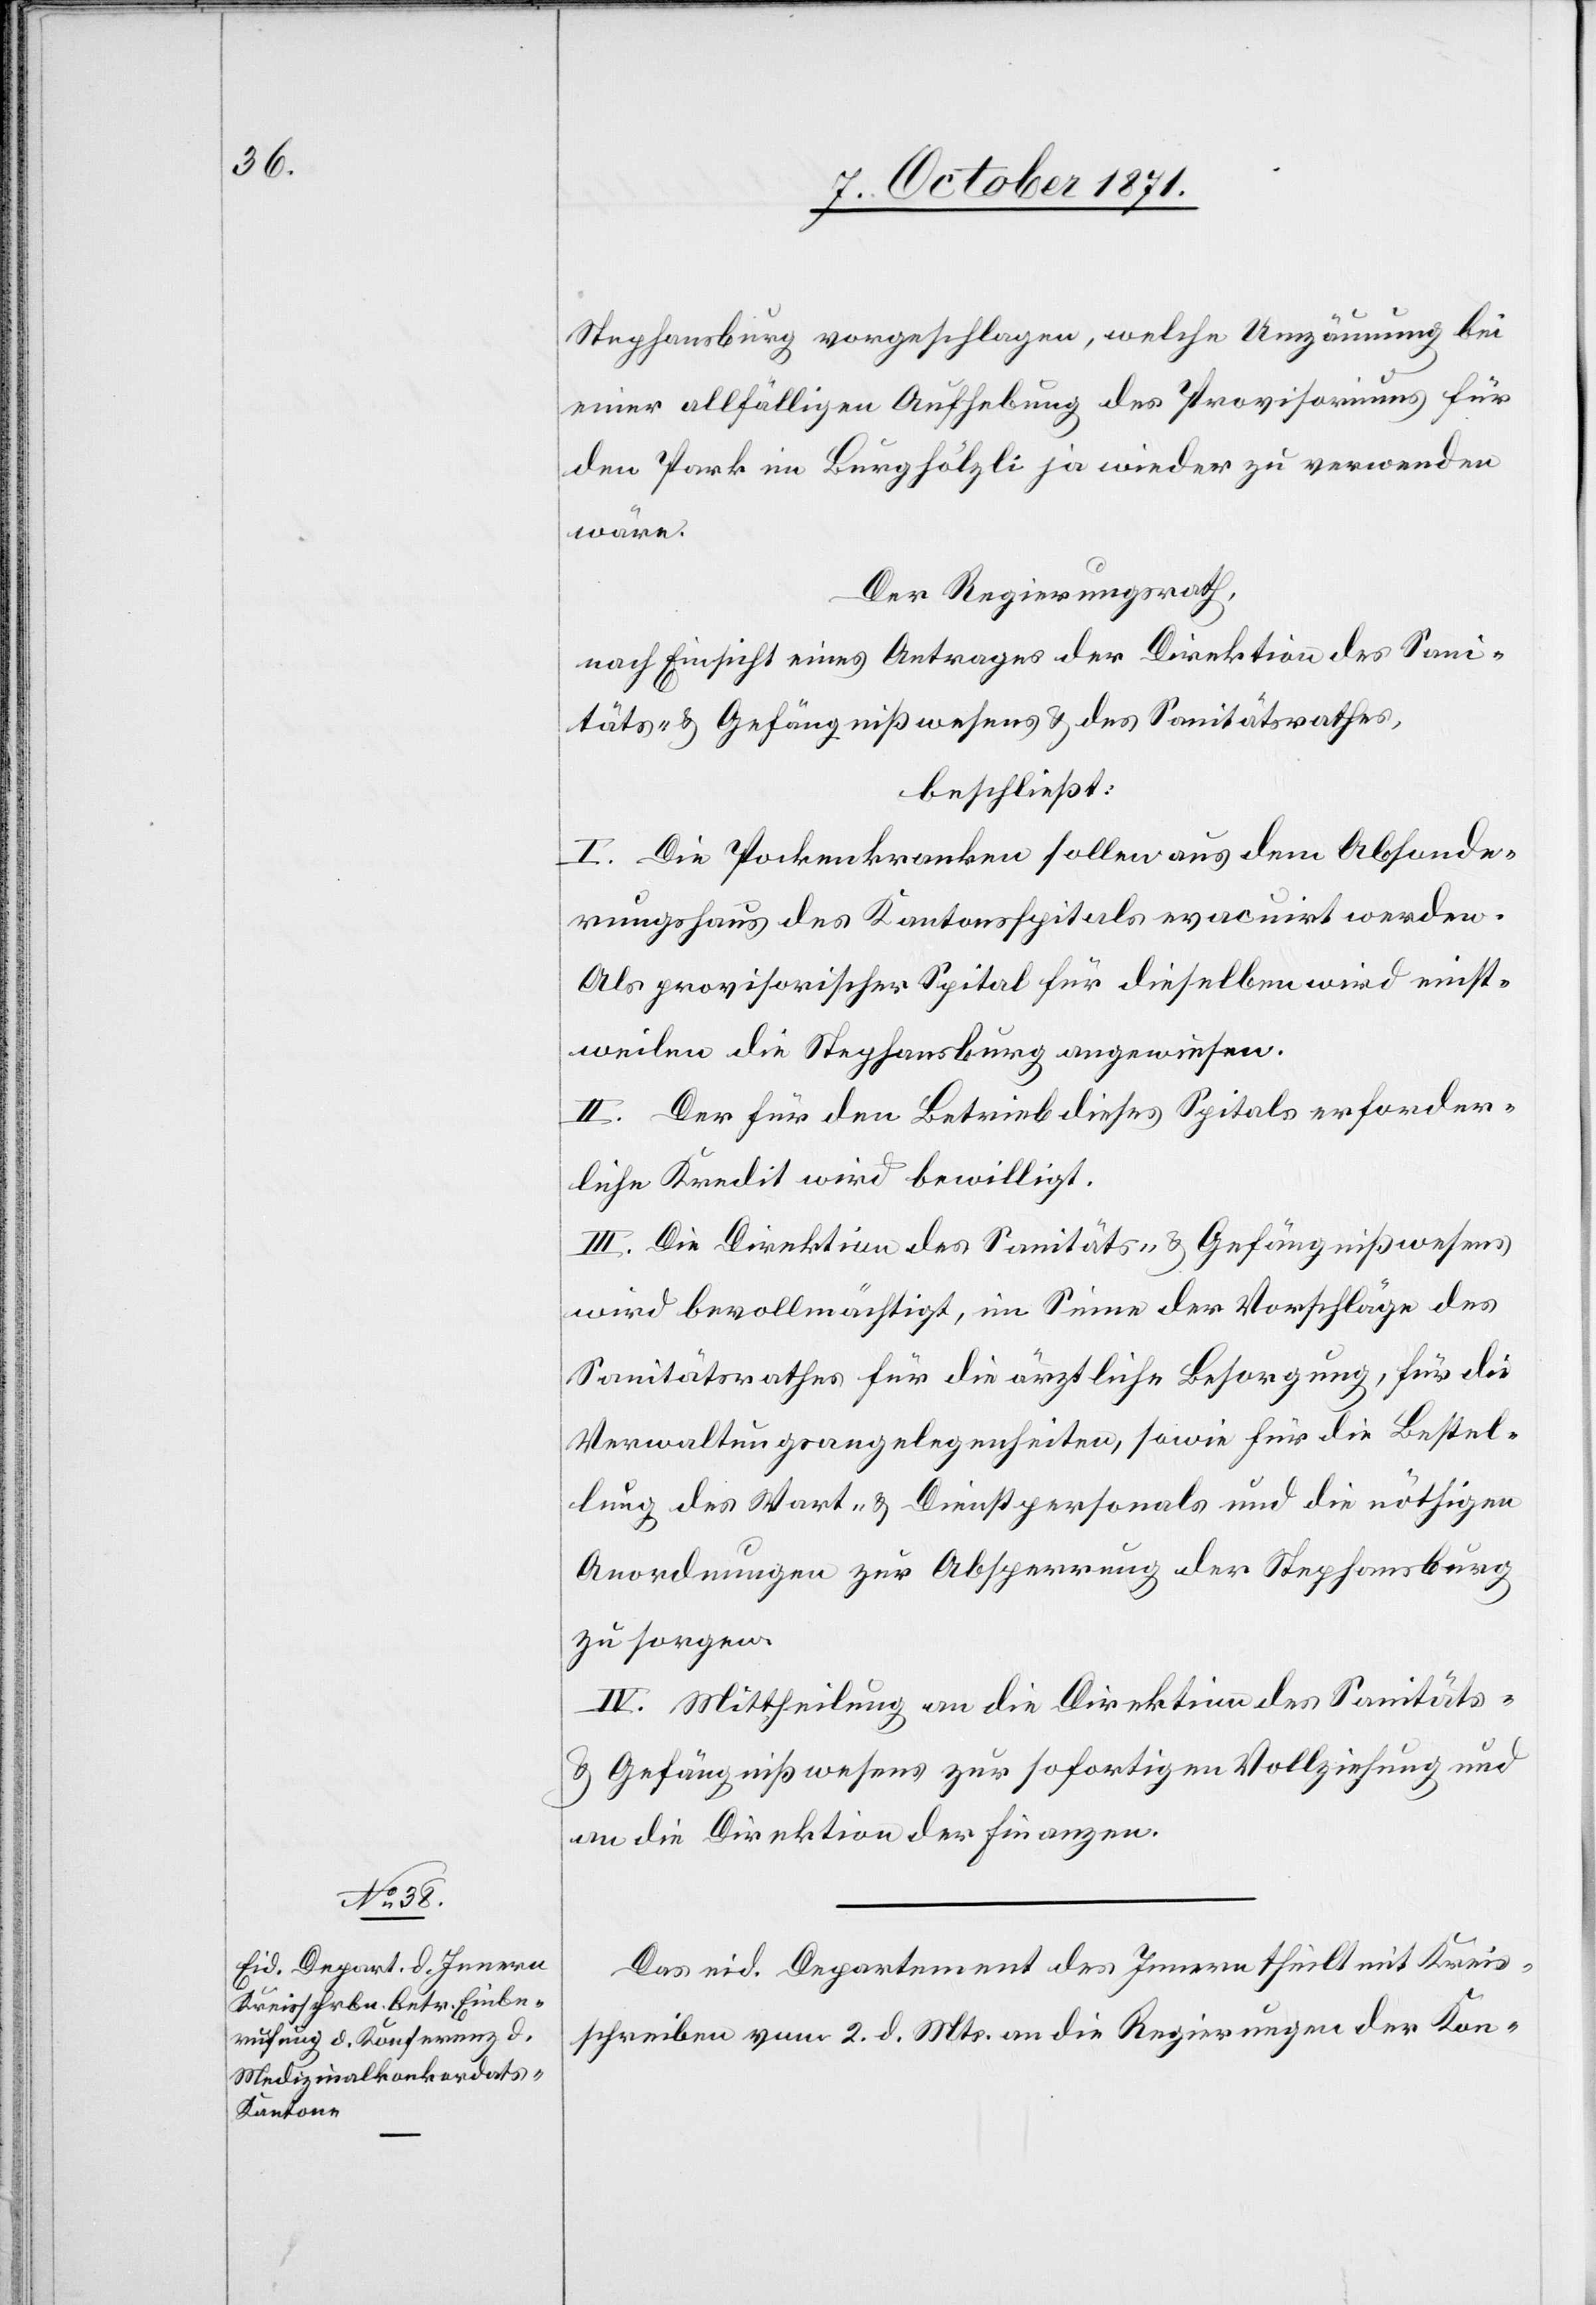
Stephansburg vorgeschlagen, welche Umzäunung bei
einer allfälligen Aufhebung des Provisoriums für
den Park im Burghölzli ja wieder zu verwenden
wäre.
Der Regierungsrath,
nach Einsicht eines Antrages der Direktion des Sani¬
täts- & Gefängnißwesens & des Sanitätsrathes,
beschließt:
I. Die Pockenkranken sollen aus dem Absonde¬
rungshaus des Kantonsspitals evacuirt werden.
Als provisorischer Spital für dieselben wird einst¬
weilen die Stephansburg angewiesen.
II. Der für den Betrieb dieses Spitals erforder¬
liche Kredit wird bewilligt.
III. Die Direktion des Sanitäts- & Gefängnißwesens
wird bevollmächtigt, im Sinne der Vorschläge des
Sanitätsrathes für die ärztliche Besorgung, für die
Verwaltungsangelegenheiten, sowie für die Bestel¬
lung des Wart- & Dienstpersonals und die nöthigen
Anordnungen zur Absperrung der Stephansburg
zu sorgen.
IV. Mittheilung an die Direktion des Sanitäts-
& Gefängnißwesens zur sofortigen Vollziehung und
an die Direktion der Finanzen.
Das eid. Departement des Innern theilt mit Kreis¬
schreiben vom 2. d. Mts. an die Regierungen der Kon-